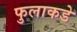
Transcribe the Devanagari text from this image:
फुलाकडे